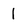
Character: 1